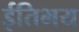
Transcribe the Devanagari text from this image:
ईतिभय